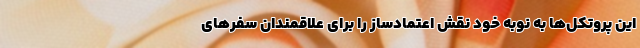
این پروتکل‌ها به نوبه خود نقش اعتمادساز را برای علاقمندان سفرهای